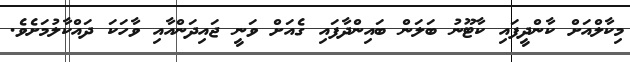
މިކާލްއަށް ކާންދީފައި ކާޓޫނު ބަލަން ބައިންދާފައި ގެއަށް ވަނީ ޖައިދަންއާއި ވާހަކަ ދައްކާލުމަށެވެ.